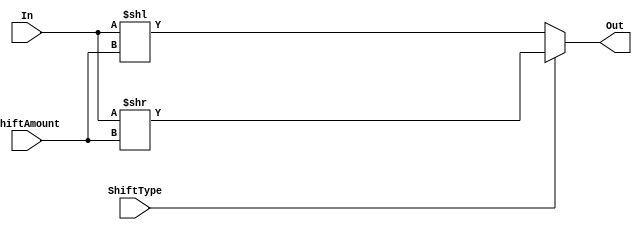
module Shifter(In, ShiftType, ShiftAmount, Out);

	input  [31:0] In;
	input  ShiftType;
	input  [4:0]ShiftAmount;
	output [31:0] Out;
	//ShiftType - 0: LSL , 1: LSR
	assign Out = (ShiftType == 1'b1) ? (In >> ShiftAmount) : (In << ShiftAmount);

endmodule